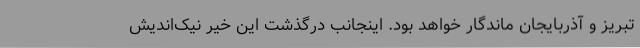
تبریز و آذربایجان ماندگار خواهد بود. اینجانب درگذشت این خیر نیک‌اندیش